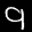
Label: 9